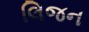
લિજન